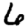
Digit: 6